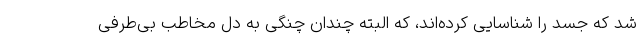
شد که جسد را شناسایی کرده‌اند، که البته چندان چنگی به دل مخاطب بی‌طرفی